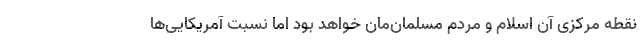
نقطه مرکزی آن اسلام و مردم مسلمان‌مان خواهد بود اما نسبت آمریکایی‌ها